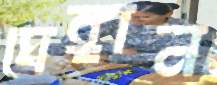
ঘেঙ্গান